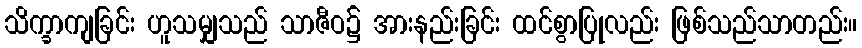
သိက္ခာကျခြင်း ဟူသမျှသည် သာဇီဝ၌ အားနည်းခြင်း ထင်စွာပြုလည်း ဖြစ်သည်သာတည်း။